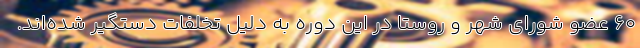
60 عضو شورای شهر و روستا در این دوره به دلیل تخلفات دستگیر شده‌اند.